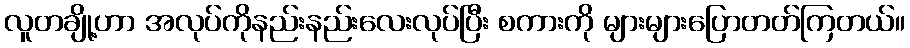
လူတချို့ဟာ အလုပ်ကိုနည်းနည်းလေးလုပ်ပြီး စကားကို များများပြောတတ်ကြတယ်။